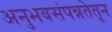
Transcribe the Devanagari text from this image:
अनुभवसंपन्नतेतून